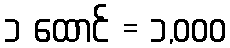
၁ ထောင် = ၁,၀၀၀